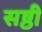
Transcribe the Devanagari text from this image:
सष्ठी